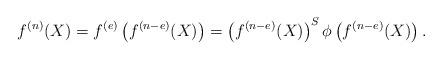
LaTeX: \begin{align*}f^{(n)}(X)=f^{(e)} \left(f^{(n-e)}(X) \right) = \left(f^{(n-e)}(X) \right)^S \phi \left( f^{(n-e)}(X) \right).\end{align*}